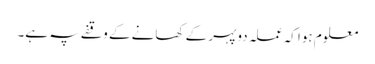
معلوم ہوا کہ عملہ دوپہر کے کھانے کے وقفے پہ ہے۔